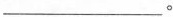
___。